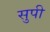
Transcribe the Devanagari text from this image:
सुपी